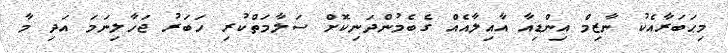
މިޙަބަރާއެކު ނާޒިމް އިންޑިއާ އާއިލާއެއް ގެބެމުންދަނިކޮށް ސަލާމަތްކުރި ހަބަރު ޖަހާލިނަމަ އަދި މާ